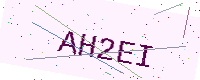
Text: AH2EI